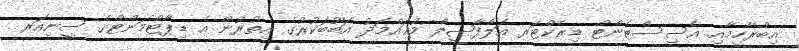
އިބްރާހީމާއި އެސިސްޓެންޓް ޑިރެކްޓަރ އަލްފާޟިލް މުޙައްމަދު އަބޫބަކުރުގެ އިތުރުން އެ ޑިޕާޓްމަންޓްގެ ސީނިއަރ